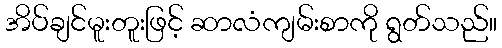
အိပ်ချင်မူးတူးဖြင့် ဆာလံကျမ်းစာကို ရွတ်သည်။